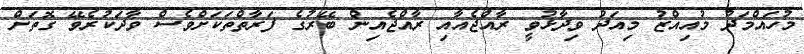
މުހައްމަދު މުއިއްޒު މިއަދު ވިދާޅުވީ ރާއްޖެއާއި ރާއްޖެއިން ބޭރުގެ ފަރާތްތަކަށްވެސް ވާދަކުރެވޭ ގޮތަށް